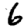
Digit: 6